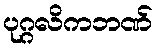
ပုဂ္ဂလိကဘဏ်